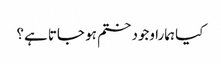
کیا ہمارا وجود ختم ہو جاتا ہے؟